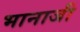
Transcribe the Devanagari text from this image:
भानाजी